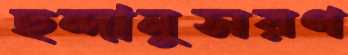
ছন্দানুসরণ